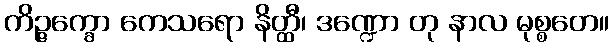
ကိဉ္ဇက္ခော ကေသရော နိတ္ထီ၊ ဒဏ္ဍော တု နာလ မုစ္စတေ။